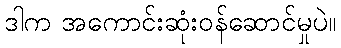
ဒါက အကောင်းဆုံးဝန်ဆောင်မှုပဲ။